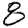
Digit: 8